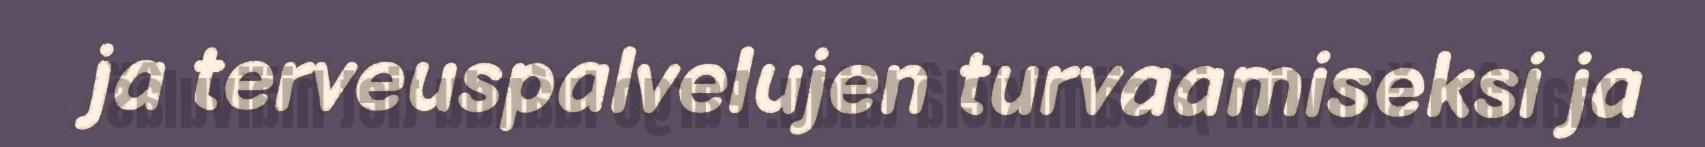
ja terveuspalvelujen turvaamiseksi ja